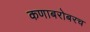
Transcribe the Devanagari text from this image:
कणाबरोबरच